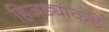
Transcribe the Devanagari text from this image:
हिजड्यांकडे